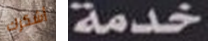
أشكرك خدمة